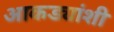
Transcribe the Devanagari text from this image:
आकड्यांशी